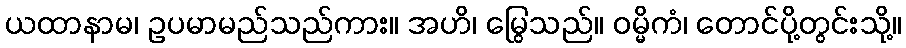
ယထာနာမ၊ ဥပမာမည်သည်ကား။ အဟိ၊ မြွေသည်။ ဝမ္မိကံ၊ တောင်ပို့တွင်းသို့။